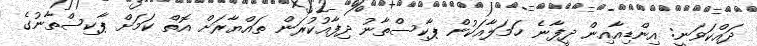
ދައްކަވަނީ: އިންޑިއާއިން ދީފާނެ ހަމަލާއަކުން ޕާކިސްތާނު ދިފާއުކުރަން ތައްޔާރަށް އޮތް ކަމަށް ޕާކިސްތާނުގެ